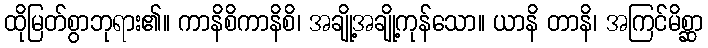
ထိုမြတ်စွာဘုရား၏။ ကာနိစိကာနိစိ၊ အချို့အချို့ကုန်သော။ ယာနိ တာနိ၊ အကြင်မိစ္ဆာ